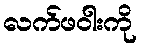
လက်ဖဝါးကို